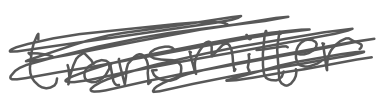
Text: transmitter
Cross-out: scratch
Writing tool: digital_gray